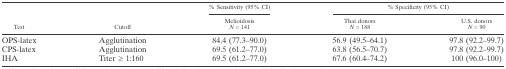
<table><thead><tr><td rowspan="3"><b>Test</b></td><td rowspan="3"><b>Cutoff</b></td><td><b>% Sensitivity (95% CI)</b></td><td colspan="2"><b>% Specificity (95% CI)</b></td></tr><tr><td><b>Melioidosis</b></td><td><b>Thai donors</b></td><td><b>U.S. donors</b></td></tr><tr><td><b><i>N</i> = 141</b></td><td><b><i>N</i> = 188</b></td><td><b><i>N</i> = 90</b></td></tr></thead><tbody><tr><td>OPS-latex</td><td>Agglutination</td><td>84.4 (77.3–90.0)</td><td>56.9 (49.5–64.1)</td><td>97.8 (92.2–99.7)</td></tr><tr><td>CPS-latex</td><td>Agglutination</td><td>69.5 (61.2–77.0)</td><td>63.8 (56.5–70.7)</td><td>97.8 (92.2–99.7)</td></tr><tr><td>IHA</td><td>Titer ≥ 1:160</td><td>69.5 (61.2–77.0)</td><td>67.6 (60.4–74.2)</td><td>100 (96.0–100)</td></tr></tbody></table>